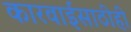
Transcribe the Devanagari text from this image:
कारवाईसाठीही